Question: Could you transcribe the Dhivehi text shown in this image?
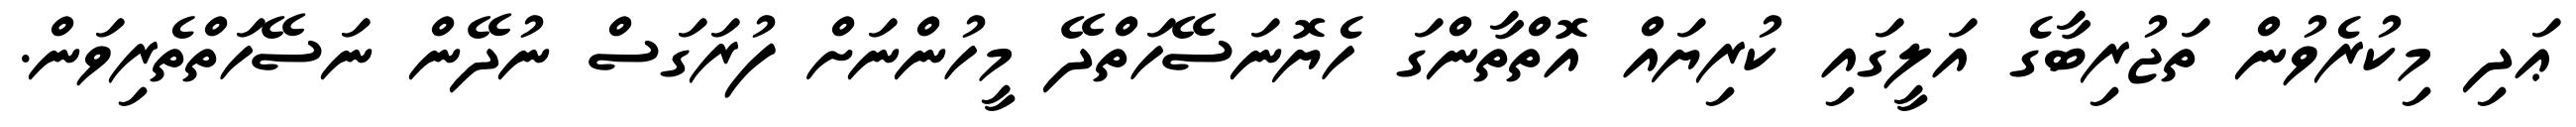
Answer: ޢަދި މިކުރެވުން ތަޖުރިބާގެ އަލީގައި ކުރިޔައް އޮތްތާންގަ ހެޔޮނަސޭހަތްދޭ މީހުންނަށް ފުރަގަސް ނުދޭން ނަސޭހަތްތެރިވަން.